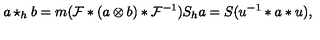
a \star _ { h } b = m ( { \cal F } * ( a \otimes b ) * { \cal F } ^ { - 1 } ) S _ { h } a = S ( u ^ { - 1 } * a * u ) ,